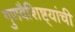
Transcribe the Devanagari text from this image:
गुणवैशिष्ट्यांची